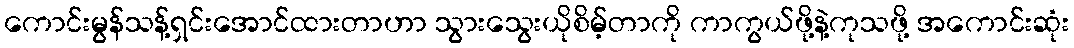
ကောင်းမွန်သန့်ရှင်းအောင်ထားတာဟာ သွားသွေးယိုစိမ့်တာကို ကာကွယ်ဖို့နဲ့ကုသဖို့ အကောင်းဆုံး